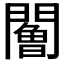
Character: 𨶧